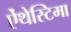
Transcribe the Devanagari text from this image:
ऐंथेस्टिमा